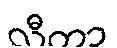
လီတာ